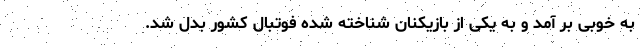
به خوبی بر آمد و به یکی از بازیکنان شناخته شده فوتبال کشور بدل شد.